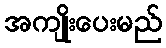
အကျိုးပေးမည်